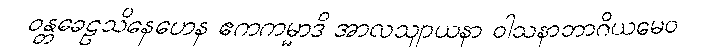
ဝန္တခေဠသိနေဟေန ဧကကမ္မာဒိ အာလသျာယနာ ဝါသနာဘာဂိယမေဝ